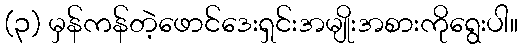
(၃) မှန်ကန်တဲ့ဖောင်ဒေးရှင်းအမျိုးအစားကိုရွေးပါ။